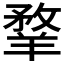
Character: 𦎦